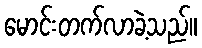
မောင်းတက်လာခဲ့သည်။